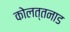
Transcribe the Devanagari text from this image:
कोलत्तनाड